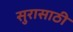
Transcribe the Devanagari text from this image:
सुरासाठी